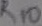
Text: R10